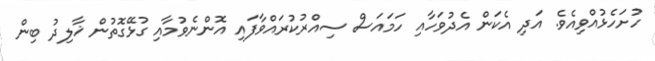
ހުށަހެޅުއްވިއެވެ. އަދި އެކަން އެދުވަހާއި ހަމައަސް ސިއްރުކުރައްވާފައި އޮންނެވުމާއި ގުޅޭގޮތުން ޚާލިދު ބިން